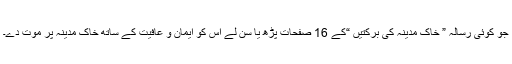
جو کوئی رسالہ ” خاکِ مدینہ کی برکتیں “کے 16 صفحات پڑھ یا سُن لے اس کو ایمان و عافیت کے ساتھ خاکِ مدینہ پر موت دے۔